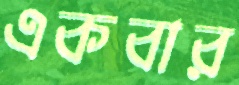
একবার